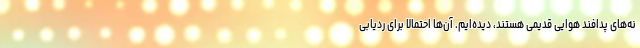
نه‌های پدافند هوایی قدیمی هستند، دیده‌ایم. آن‌ها احتمالا برای ردیابی